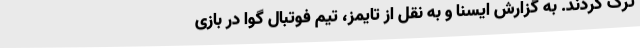
ترک کردند. به گزارش ایسنا و به نقل از تایمز، تیم فوتبال گوا در بازی